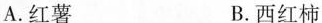
A.红薯 B.西红柿